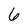
Character: 6